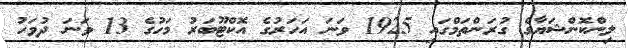
ލިންކޮންޝަޔާގެ ގުރަންތަމްގައި 1925 ވަނަ އަހަރުގެ އޮކްޓޫބަރު މަހުގެ 13 ވަނަ ދުވަހު